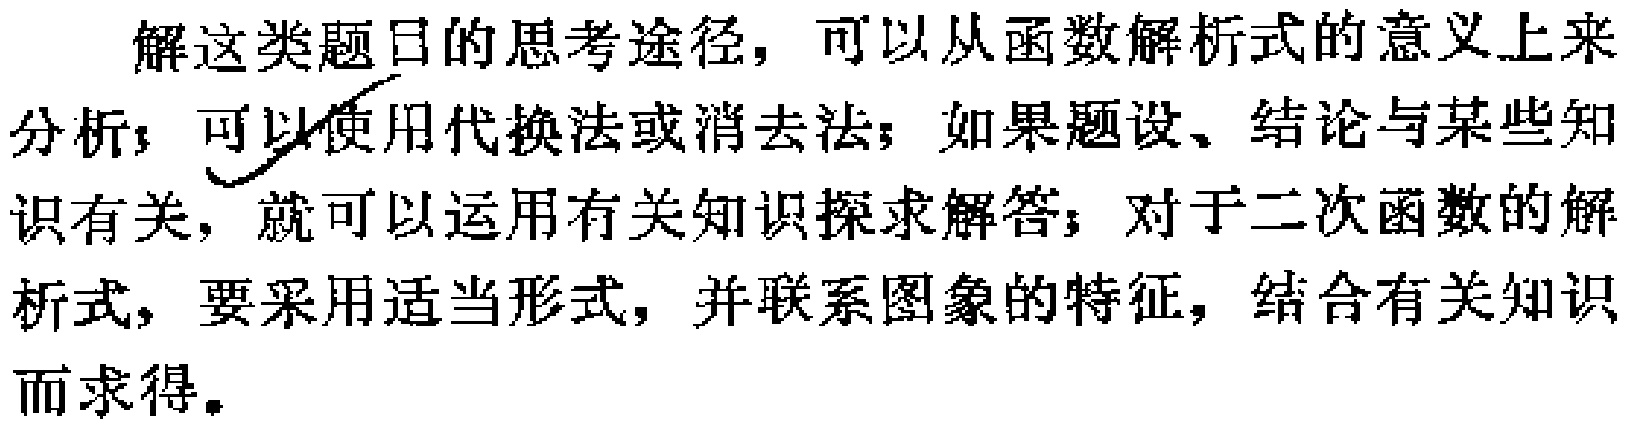
解这类题目的思考途径，可以从函数解析式的意义上来分析；可以使用代换法或消去法；如果题设、结论与某些知识有关，就可以运用有关知识探求解答；对于二次函数的解析式，要采用适当形式，并联系图象的特征，结合有关知识而求得。